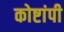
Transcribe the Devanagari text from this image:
कोष्टांपी